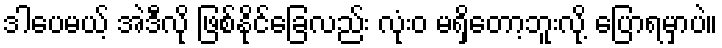
ဒါပေမယ့် အဲဒီလို ဖြစ်နိုင်ခြေလည်း လုံးဝ မရှိတော့ဘူးလို့ ပြောရမှာပဲ။